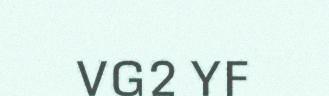
VG2 YF